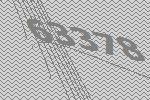
63378